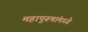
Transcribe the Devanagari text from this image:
महापुरूषांमध्ये